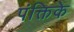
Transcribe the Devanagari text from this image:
पंक्तिके